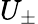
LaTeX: U_{\pm}